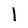
Character: 1